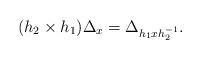
LaTeX: \begin{align*} (h_2 \times h_1)\Delta_x = \Delta_{h_1 x h_2^{-1}}.\end{align*}